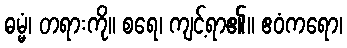
ဓမ္မံ၊ တရားကို။ စရေ၊ ကျင့်ရာ၏။ ဧဝံကရော၊